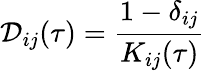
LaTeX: \mathcal{D}_{ij}(\tau)=\frac{1-\delta_{ij}}{K_{ij}(\tau)}